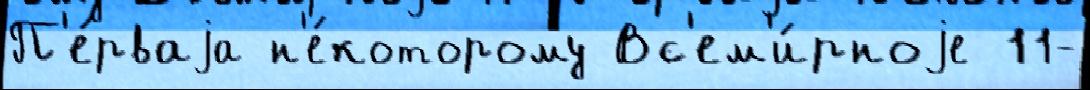
П'е́рваjа н'е́которому Вс'ем'и́рноjе 11-